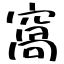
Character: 窩